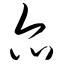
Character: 尔